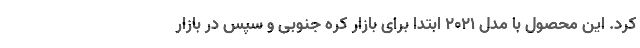
کرد. این محصول با مدل 2021 ابتدا برای بازار کره جنوبی و سپس در بازار